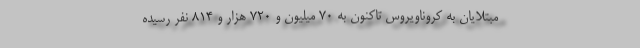
مبتلایان به کروناویروس تاکنون به ۷۰ میلیون و ۷۲۰ هزار و ۸۱۴ نفر رسیده